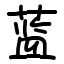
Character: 蓝